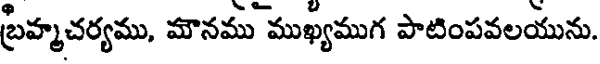
బ్రహ్మచర్యము, మౌనము ముఖ్యముగ పాటింపవలయును.